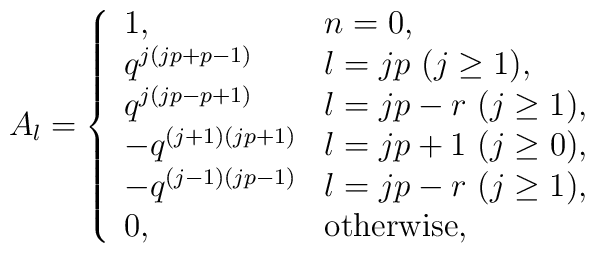
A_l = \left\{\begin{array}{ll}1, & n=0, \\q^{j(jp+p-1)}& l=jp ~(j \geq 1), \\q^{j(jp-p+1)}& l=jp-r ~(j \geq 1), \\-q^{(j+1)(jp+1)}& l=jp+1 ~(j \geq 0), \\-q^{(j-1)(jp-1)}& l=jp-r ~(j \geq 1), \\0, & \mbox{otherwise},\end{array} \right.